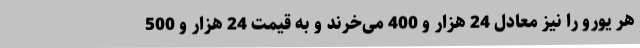
هر یورو را نیز معادل 24 هزار و 400 می‌خرند و به قیمت 24 هزار و 500